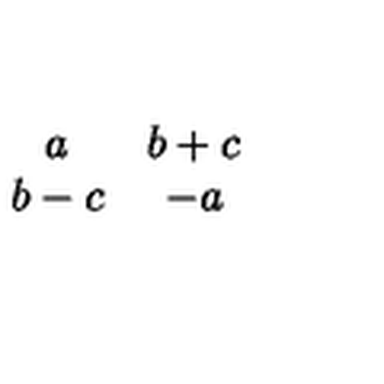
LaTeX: \begin{array} { c c } { a } & { b + c } \\ { b - c } & { - a } \\ \end{array}